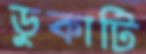
ডুকাটি